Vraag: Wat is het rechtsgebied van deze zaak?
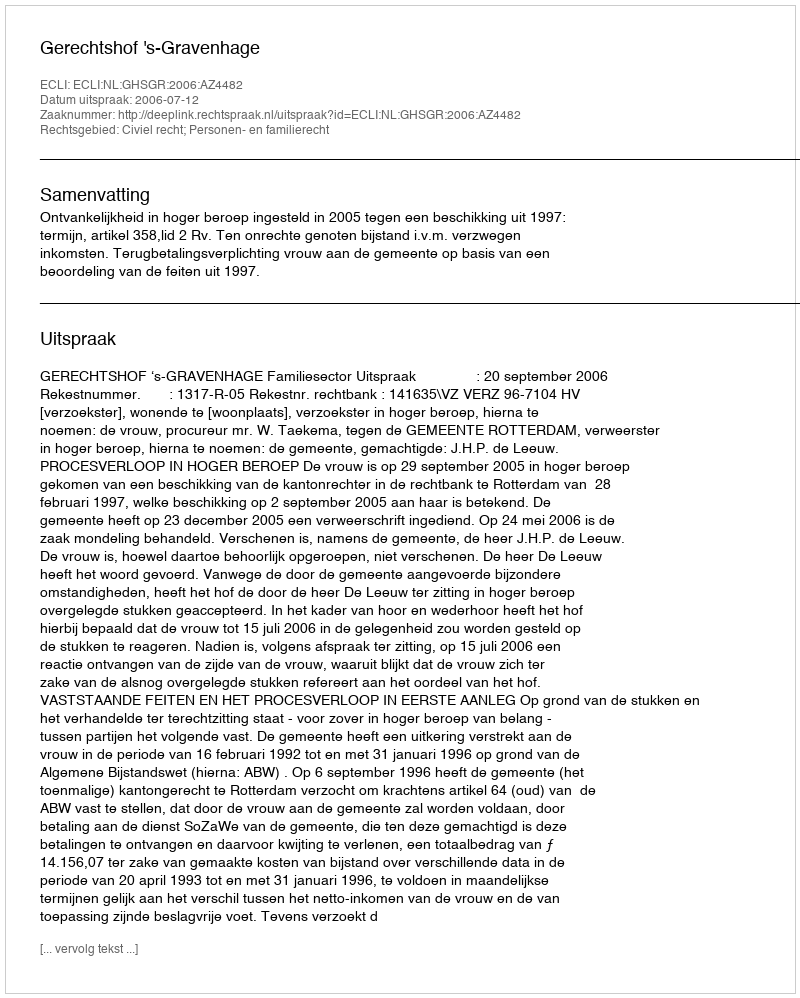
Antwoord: Civiel recht; Personen- en familierecht